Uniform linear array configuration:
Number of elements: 64
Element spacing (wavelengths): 0.75
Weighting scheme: blackman
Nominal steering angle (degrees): -60
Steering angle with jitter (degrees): -59.177
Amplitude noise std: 0.05
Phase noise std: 0.05

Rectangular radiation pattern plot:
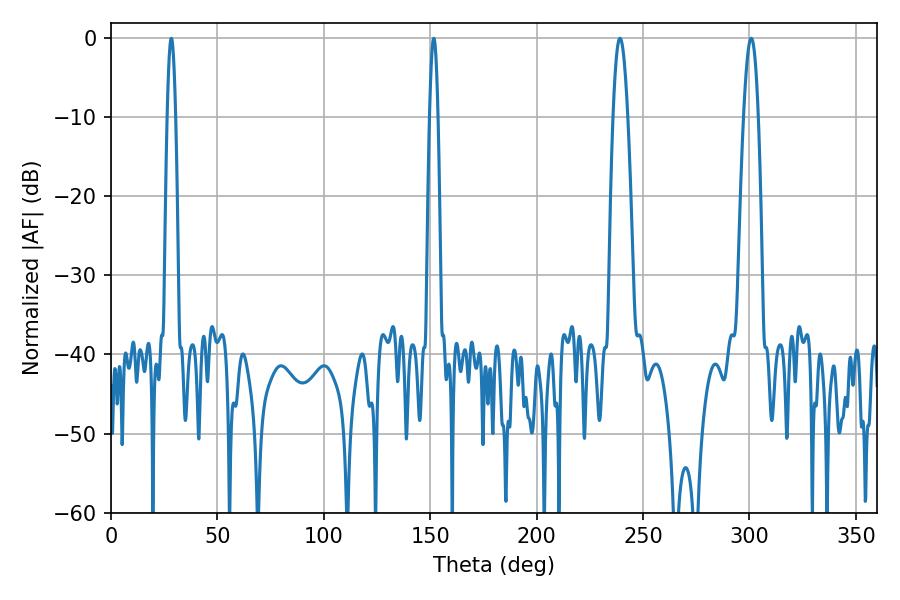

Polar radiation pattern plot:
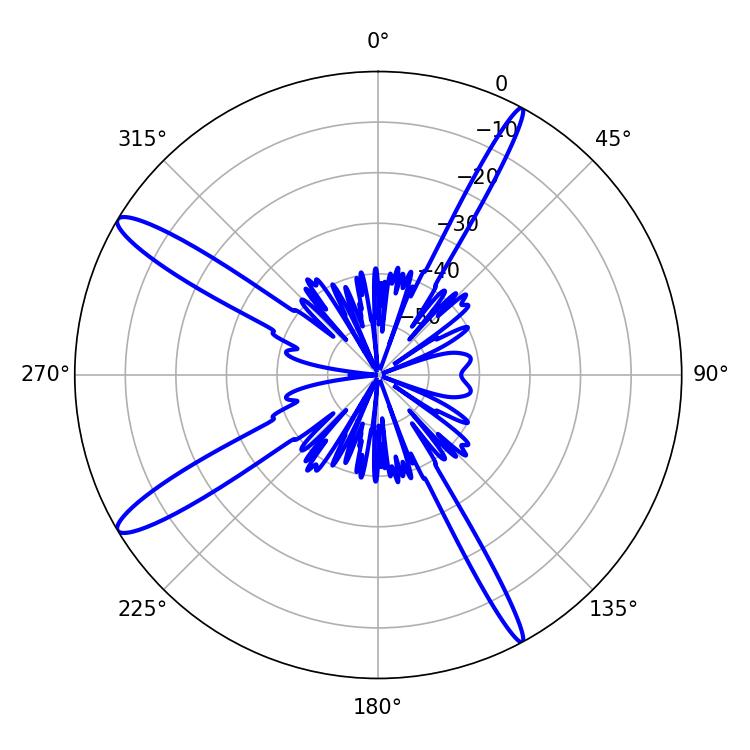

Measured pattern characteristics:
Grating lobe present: TRUE
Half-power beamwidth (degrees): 3.6
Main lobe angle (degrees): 300.78